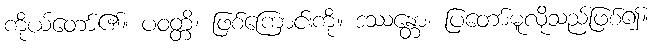
ကိုယ်တော်၏။ ပဝတ္တိ၊ ဖြစ်ကြောင်းကို။ ဒဿန္တော၊ ပြတော်မူလိုသည်ဖြစ်၍။